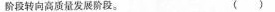
阶段转向高质量发展阶段。 ( )